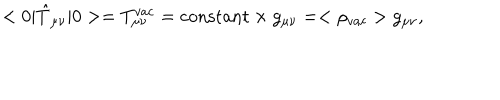
LaTeX: < 0 | \hat { T } _ { \mu \nu } | 0 > = T _ { \mu \nu } ^ { v a c } = \mathrm { c o n s t a n t } \times g _ { \mu \nu } = < \rho _ { v a c } > g _ { \mu \nu } ,